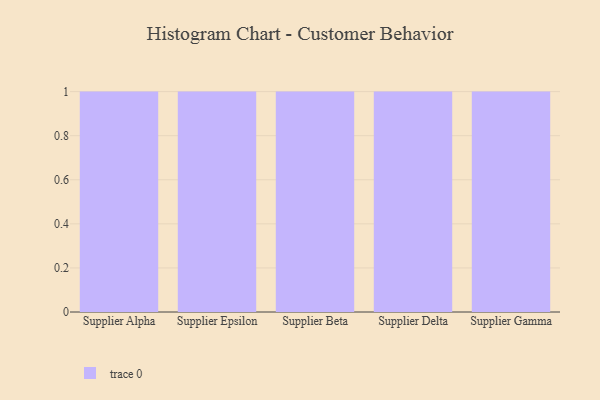
{"axis": {"x": "Supplier", "y": "Shipments"}, "legend": [""], "data": [{"x": "Supplier Alpha", "y": 62, "type": ""}, {"x": "Supplier Epsilon", "y": 86, "type": ""}, {"x": "Supplier Beta", "y": 59, "type": ""}, {"x": "Supplier Delta", "y": 79, "type": ""}, {"x": "Supplier Gamma", "y": 25, "type": ""}]}